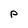
Character: p